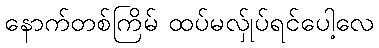
နောက်တစ်ကြိမ် ထပ်မလ်ှုပ်ရင်ပေါ့လေ